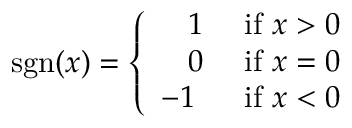
\operatorname { s g n } ( x ) = { \left\{ \begin{array} { l l } { \; \; \ 1 } & { { \mathrm { ~ i f ~ } } x > 0 } \\ { \; \; \ 0 } & { { \mathrm { ~ i f ~ } } x = 0 } \\ { - 1 } & { { \mathrm { ~ i f ~ } } x < 0 } \end{array} \right. }